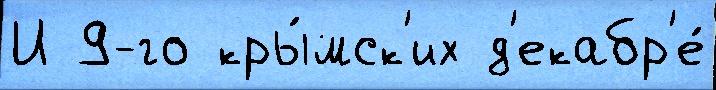
И 9-го кры́мск'их д'екабр'е́